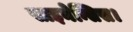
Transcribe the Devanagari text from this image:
साइनेन्सिस।